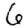
Digit: 6